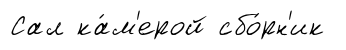
Сал ка́м'ерой сбо́рн'ик